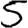
Digit: 5